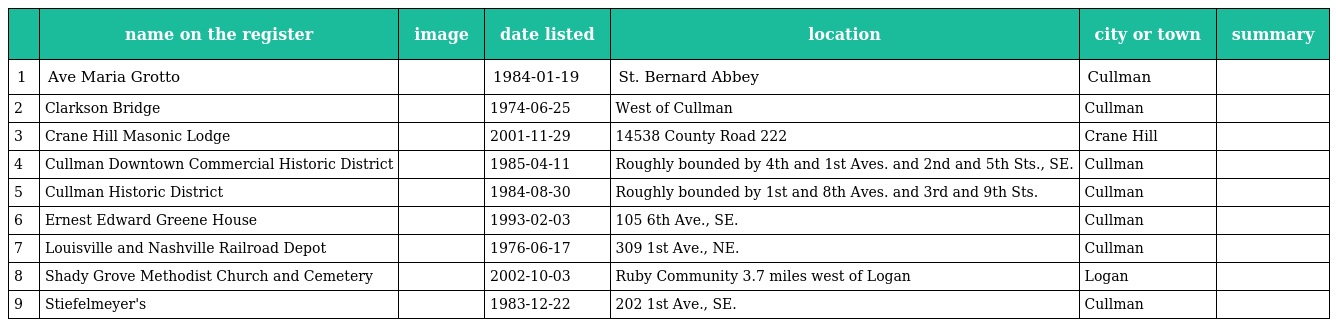
|  | name on the register | image | date listed | location | city or town | summary |
 | --- | --- | --- | --- | --- | --- | --- |
 | 1 | Ave Maria Grotto |  | 1984-01-19 | St. Bernard Abbey | Cullman |  |
 | 2 | Clarkson Bridge |  | 1974-06-25 | West of Cullman | Cullman |  |
 | 3 | Crane Hill Masonic Lodge |  | 2001-11-29 | 14538 County Road 222 | Crane Hill |  |
 | 4 | Cullman Downtown Commercial Historic District |  | 1985-04-11 | Roughly bounded by 4th and 1st Aves. and 2nd and 5th Sts., SE. | Cullman |  |
 | 5 | Cullman Historic District |  | 1984-08-30 | Roughly bounded by 1st and 8th Aves. and 3rd and 9th Sts. | Cullman |  |
 | 6 | Ernest Edward Greene House |  | 1993-02-03 | 105 6th Ave., SE. | Cullman |  |
 | 7 | Louisville and Nashville Railroad Depot |  | 1976-06-17 | 309 1st Ave., NE. | Cullman |  |
 | 8 | Shady Grove Methodist Church and Cemetery |  | 2002-10-03 | Ruby Community 3.7 miles west of Logan | Logan |  |
 | 9 | Stiefelmeyer's |  | 1983-12-22 | 202 1st Ave., SE. | Cullman |  |